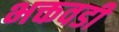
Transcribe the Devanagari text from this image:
भक्तवडी